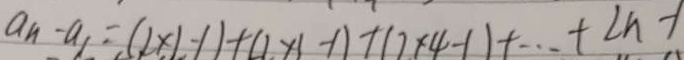
a _ { n } - a _ { 1 } = ( 2 \times 1 - 1 ) + ( 2 \times 1 - 1 ) + ( 2 \times 4 - 1 ) + \cdots + 2 n - 1